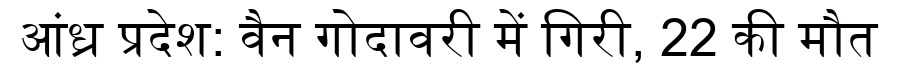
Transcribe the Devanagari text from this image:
आंध्र प्रदेश: वैन गोदावरी में गिरी, 22 की मौत